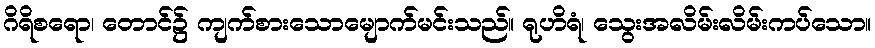
ဂိရိစရော၊ တောင်၌ ကျက်စားသောမျောက်မင်းသည်။ ရုဟိရံ၊ သွေးအလိမ်းလိမ်းကပ်သော။